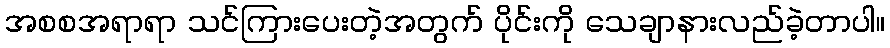
အစစအရာရာ သင်ကြားပေးတဲ့အတွက် ပိုင်းကို သေချာနားလည်ခဲ့တာပါ။